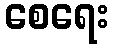
စေရေး